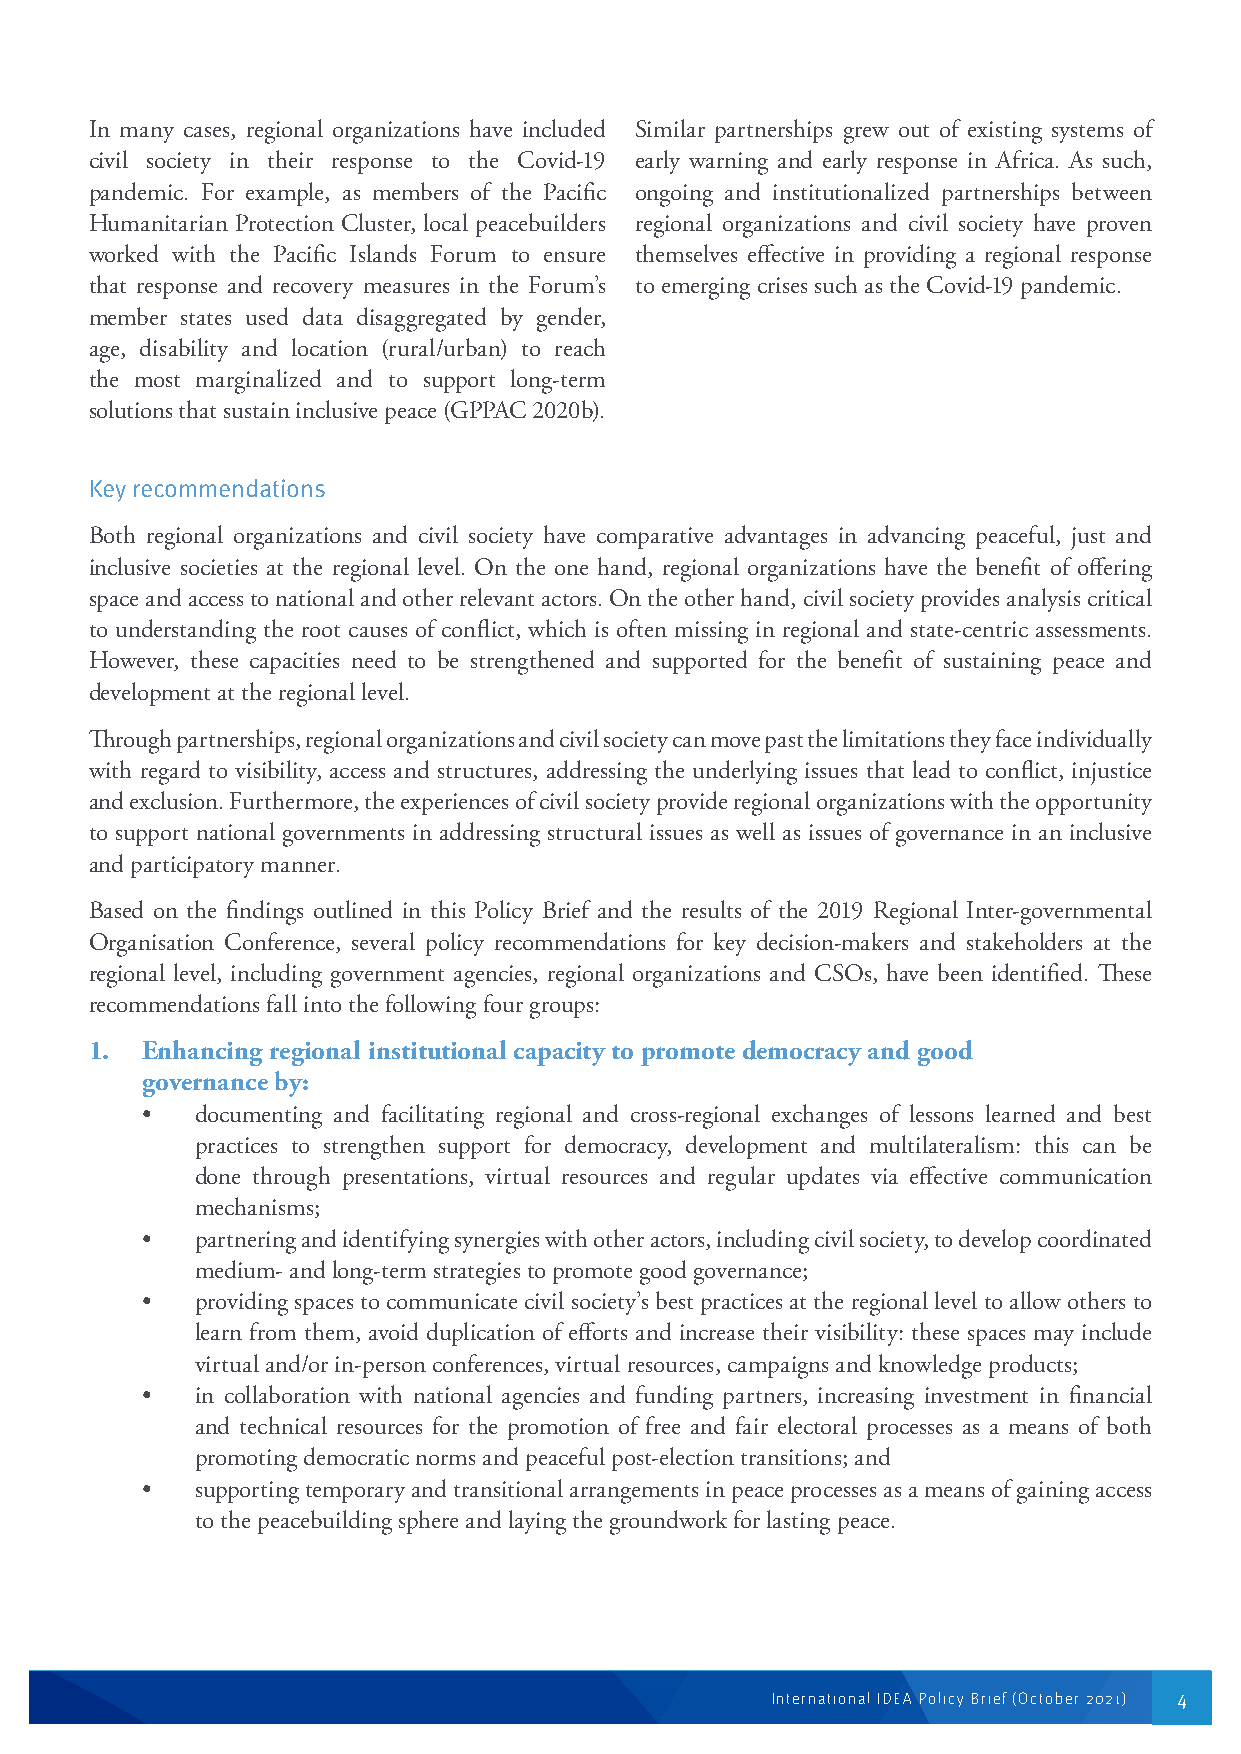
In many cases, regional organizations have included Similar partnerships grew out of existing systems of
 civil society in their response to the Covid-19 early warning and early response in Africa. As such,
 pandemic. For example, as members of the Pacific ongoing and institutionalized partnerships between
 Humanitarian Protection Cluster, local peacebuilders regional organizations and civil society have proven
 worked with the Pacific Islands Forum to ensure themselves effective in providing a regional response
 that response and recovery measures in the Forum’s to emerging crises such as the Covid-19 pandemic.
 member states used data disaggregated by gender,
 age, disability and location (rural/urban) to reach
 the most marginalized and to support long-term
 solutions that sustain inclusive peace (GPPAC 2020b).
 Key recommendations
 Both regional organizations and civil society have comparative advantages in advancing peaceful, just and
 inclusive societies at the regional level. On the one hand, regional organizations have the benefit of offering
 space and access to national and other relevant actors. On the other hand, civil society provides analysis critical
 to understanding the root causes of conflict, which is often missing in regional and state-centric assessments.
 However, these capacities need to be strengthened and supported for the benefit of sustaining peace and
 development at the regional level.
 Through partnerships, regional organizations and civil society can move past the limitations they face individually
 with regard to visibility, access and structures, addressing the underlying issues that lead to conflict, injustice
 and exclusion. Furthermore, the experiences of civil society provide regional organizations with the opportunity
 to support national governments in addressing structural issues as well as issues of governance in an inclusive
 and participatory manner.
 Based on the findings outlined in this Policy Brief and the results of the 2019 Regional Inter-governmental
 Organisation Conference, several policy recommendations for key decision-makers and stakeholders at the
 regional level, including government agencies, regional organizations and CSOs, have been identified. These
 recommendations fall into the following four groups:
 1. Enhancing regional institutional capacity to promote democracy and good
 governance by:
 •   documenting and facilitating regional and cross-regional exchanges of lessons learned and best
 practices to strengthen support for democracy, development and multilateralism: this can be
 done through presentations, virtual resources and regular updates via effective communication
 mechanisms;
 •   partnering and identifying synergies with other actors, including civil society, to develop coordinated
 medium- and long-term strategies to promote good governance;
 •   providing spaces to communicate civil society’s best practices at the regional level to allow others to
 learn from them, avoid duplication of efforts and increase their visibility: these spaces may include
 virtual and/or in-person conferences, virtual resources, campaigns and knowledge products;
 •   in collaboration with national agencies and funding partners, increasing investment in financial
 and technical resources for the promotion of free and fair electoral processes as a means of both
 promoting democratic norms and peaceful post-election transitions; and
 •   supporting temporary and transitional arrangements in peace processes as a means of gaining access
 to the peacebuilding sphere and laying the groundwork for lasting peace.
 International IDEA Policy Brief (October 2021) 4